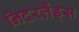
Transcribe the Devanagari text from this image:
निदरलैंड्स